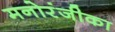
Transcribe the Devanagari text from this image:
मनोरंजीका